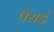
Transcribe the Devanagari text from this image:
पैसई